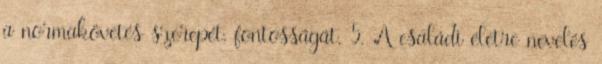
a normakövetés szerepét, fontosságát. 5. A családi életre nevelés